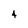
Character: 4